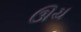
ઊચ